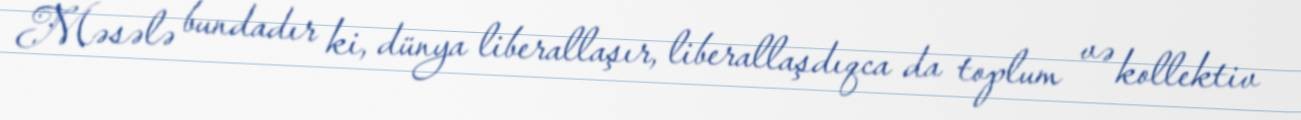
Məsələ bundadır ki, dünya liberallaşır, liberallaşdıqca da toplum və kollektiv